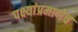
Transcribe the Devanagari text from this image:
पक्ष्यांप्रमाणेच